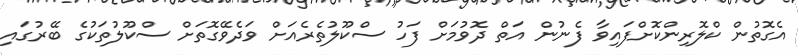
އެގޮތުން ކްލޮރިންކޮށްފައިވާ ފެނުން އަތް ދޮވުމަށް ފަހު ސްކޫލުތެރެއަށް ވަދެވޭގޮތަށް ސްކޫލުތަކުގެ ބޭރުގައި